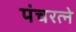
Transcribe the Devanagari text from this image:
पंचरत्‍ने